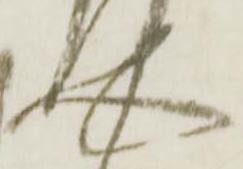
介